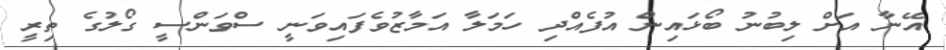
އޭނާ އަށް ލިބުނު ބޯޅައިން އުފެއްދި ހަމަލާ އަމާޒުވެފައިވަނީ ސްވަންސީ ގޯލުގެ ތިރީ